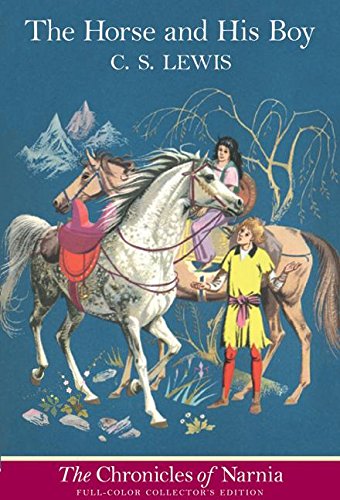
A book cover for The Horse and His Boy, Full-Color Collector's Edition (The Chronicles of Narnia); C. S. Lewis; Christian Books & Bibles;